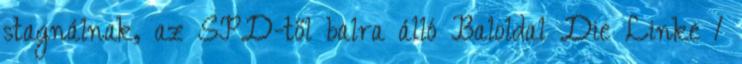
stagnálnak, az SPD-től balra álló Baloldal Die Linke 1